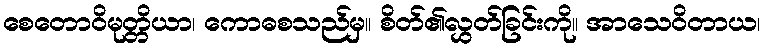
စေတောဝိမုတ္တိယာ၊ ကောဓစသည်မှ။ စိတ်၏လွှတ်ခြင်းကို။ အာသေဝိတာယ၊